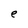
Character: e